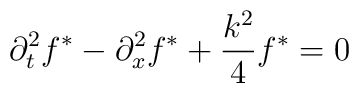
\partial_t^2 f^* - \partial_x^2 f^* + \frac{k^2}{4} f^* = 0